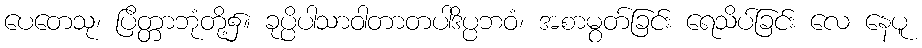
ပေတေသု၊ ပြိတ္တာဘုံတို့၌။ ခုပ္ပိပါသာဝါတာတပါဒိပ္ပဘဝံ၊ အစာမွတ်ခြင်း ရေသိပ်ခြင်း လေ နေပူ